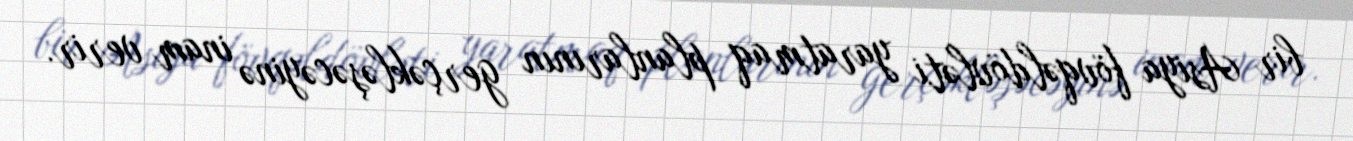
bir Asiya fövqəldövləti yaratmaq planlarının gerçəkləşəcəyinə inam verir.